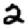
Digit: 2